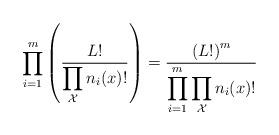
LaTeX: \begin{align*}\prod_{i=1}^{m} \left( \frac{L!}{\displaystyle \prod_{\mathcal{X}} n_i(x)!} \right) = \frac{\left(L!\right)^m}{\displaystyle \prod_{i=1}^{m} \prod_{\mathcal{X}} n_i(x)!}\end{align*}